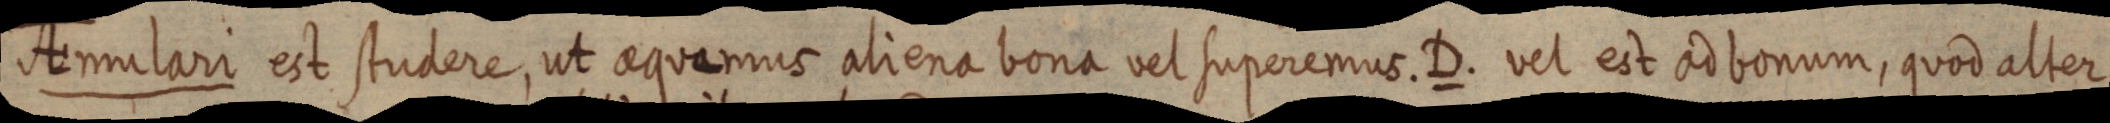
Anulari eit stuere, ut aquamus aliena bona vel superemus. D. vel est ad bonum, quod alter